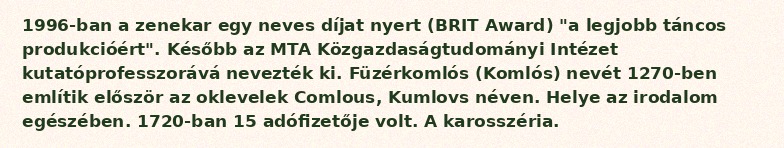
1996-ban a zenekar egy neves díjat nyert (BRIT Award) "a legjobb táncos produkcióért". Később az MTA Közgazdaságtudományi Intézet kutatóprofesszorává nevezték ki. Füzérkomlós (Komlós) nevét 1270-ben említik először az oklevelek Comlous, Kumlovs néven. Helye az irodalom egészében. 1720-ban 15 adófizetője volt. A karosszéria.